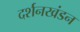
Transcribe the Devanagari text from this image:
दर्शनखंडन